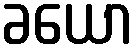
ခယော